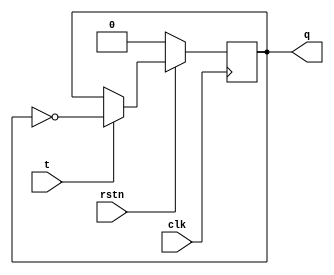
`timescale 1ns / 1ps
//////////////////////////////////////////////////////////////////////////////////
// Company: 
// Engineer: 
// 
// Design Name: 
// Module Name: tff
// Project Name: 
// Target Devices: 
// Tool Versions: 
// Description: 
// 
// Dependencies: 
// 
// Revision:
// Revision 0.01 - File Created
// Additional Comments:
// 
//////////////////////////////////////////////////////////////////////////////////


module tff(
    input clk, input rstn, input t, output reg q
    );
    always @ (posedge clk) begin  
    if (!rstn)
        q <= 0;  
    else begin  if (t)
        q <= ~q;  
    else
        q <= q;
     end  
  end  

endmodule